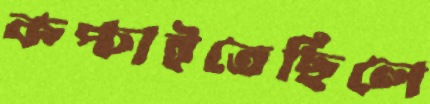
কপ্‌চাইতেছিলে